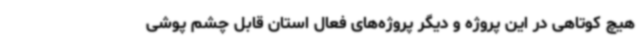
هیچ کوتاهی در این پروژه و دیگر پروژه‌های فعال استان قابل چشم پوشی